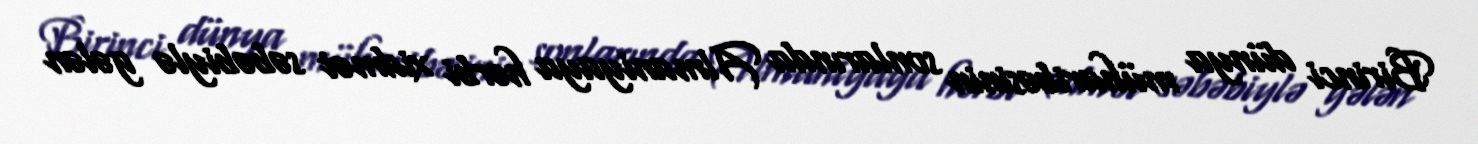
Birinci dünya müharibəsinin sonlarında Almaniyaya hərbi xidmət səbəbiylə gələn